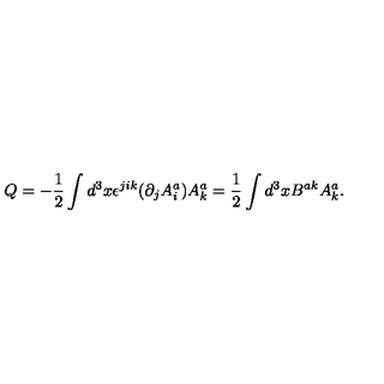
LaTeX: Q = - \frac { 1 } { 2 } \int d ^ { 3 } x \epsilon ^ { j i k } ( \partial _ { j } A _ { i } ^ { a } ) A _ { k } ^ { a } = \frac { 1 } { 2 } \int d ^ { 3 } x B ^ { a k } A _ { k } ^ { a } .